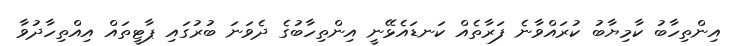
އިންތިހާބު ކާމިޔާބު ކުރައްވާނެ ފަރާތެއް ކަނޑައެޅޭނީ އިންތިހާބުގެ ދެވަނަ ބުރުގައި ޕާޓީތައް އިއްތިހާދުވާ